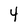
Character: 4